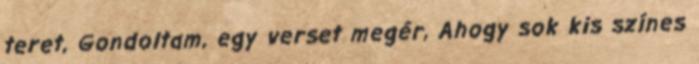
teret, Gondoltam, egy verset megér, Ahogy sok kis színes